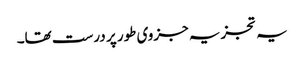
یہ تجزیہ جزوی طور پر درست تھا۔